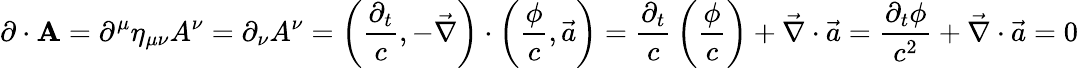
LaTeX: \mathbf{\partial}\cdot\mathbf{A}=\partial^{\mu}\eta_{\mu\nu}A^{\nu}=\partial_{\nu}A^{\nu}=\left({\frac{\partial_{t}}{c}},-{\vec{\nabla}}\right)\cdot\left({\frac{\phi}{c}},{\vec{a}}\right)={\frac{\partial_{t}}{c}}\left({\frac{\phi}{c}}\right)+{\vec{\nabla}}\cdot{\vec{a}}={\frac{\partial_{t}\phi}{c^{2}}}+{\vec{\nabla}}\cdot{\vec{a}}=0